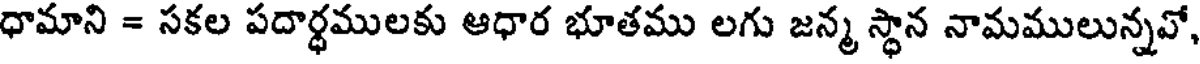
ధామాని = సకల పదార్ధములకు ఆధార భూతము లగు జన్మ స్థాన నామములున్నవో,